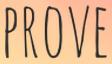
PROVE